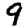
Digit: 9